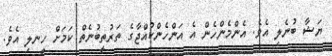
ޔަޝާ ބުނެލި އެވެ. އެންމެންހެން އެ އަންހެންކުއްޖާގެ ތަރުތީބުނެތް ކަމަށް ހީނލި އެވެ.